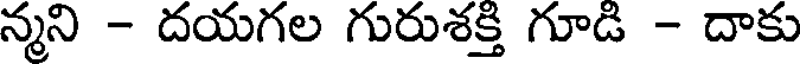
న్మని - దయగల గురుశక్తి గూడి - దాకు